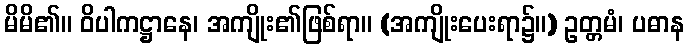
မိမိ၏။ ဝိပါကဋ္ဌာနေ၊ အကျိုး၏ဖြစ်ရာ။ (အကျိုးပေးရာ၌။) ဥတ္တမံ၊ ပဓာန